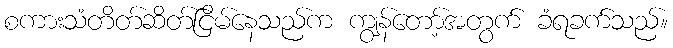
စကားသံတိတ်ဆိတ်ငြိမ်နေသည်က ကျွန်တော့်အတွက် ခံရခက်သည်။